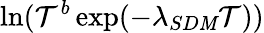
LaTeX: \ln(\mathcal{T}^{b}\exp(-\lambda_{SD\mathit{M}}\mathcal{T}))